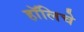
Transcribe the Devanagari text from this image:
हॉलिचे